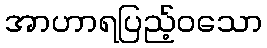
အာဟာရပြည့်ဝသော